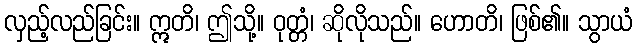
လှည့်လည်ခြင်း။ ဣတိ၊ ဤသို့။ ဝုတ္တံ၊ ဆိုလိုသည်။ ဟောတိ၊ ဖြစ်၏။ သွာယံ